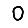
Digit: 0